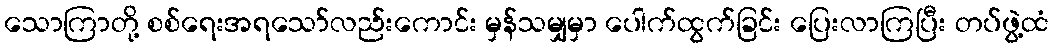
သောကြာတို့ စစ်ရေးအရသော်လည်းကောင်း မှန်သမျှမှာ ပေါက်ထွက်ခြင်း ပြေးလာကြပြီး တပ်ဖွဲ့ထံ